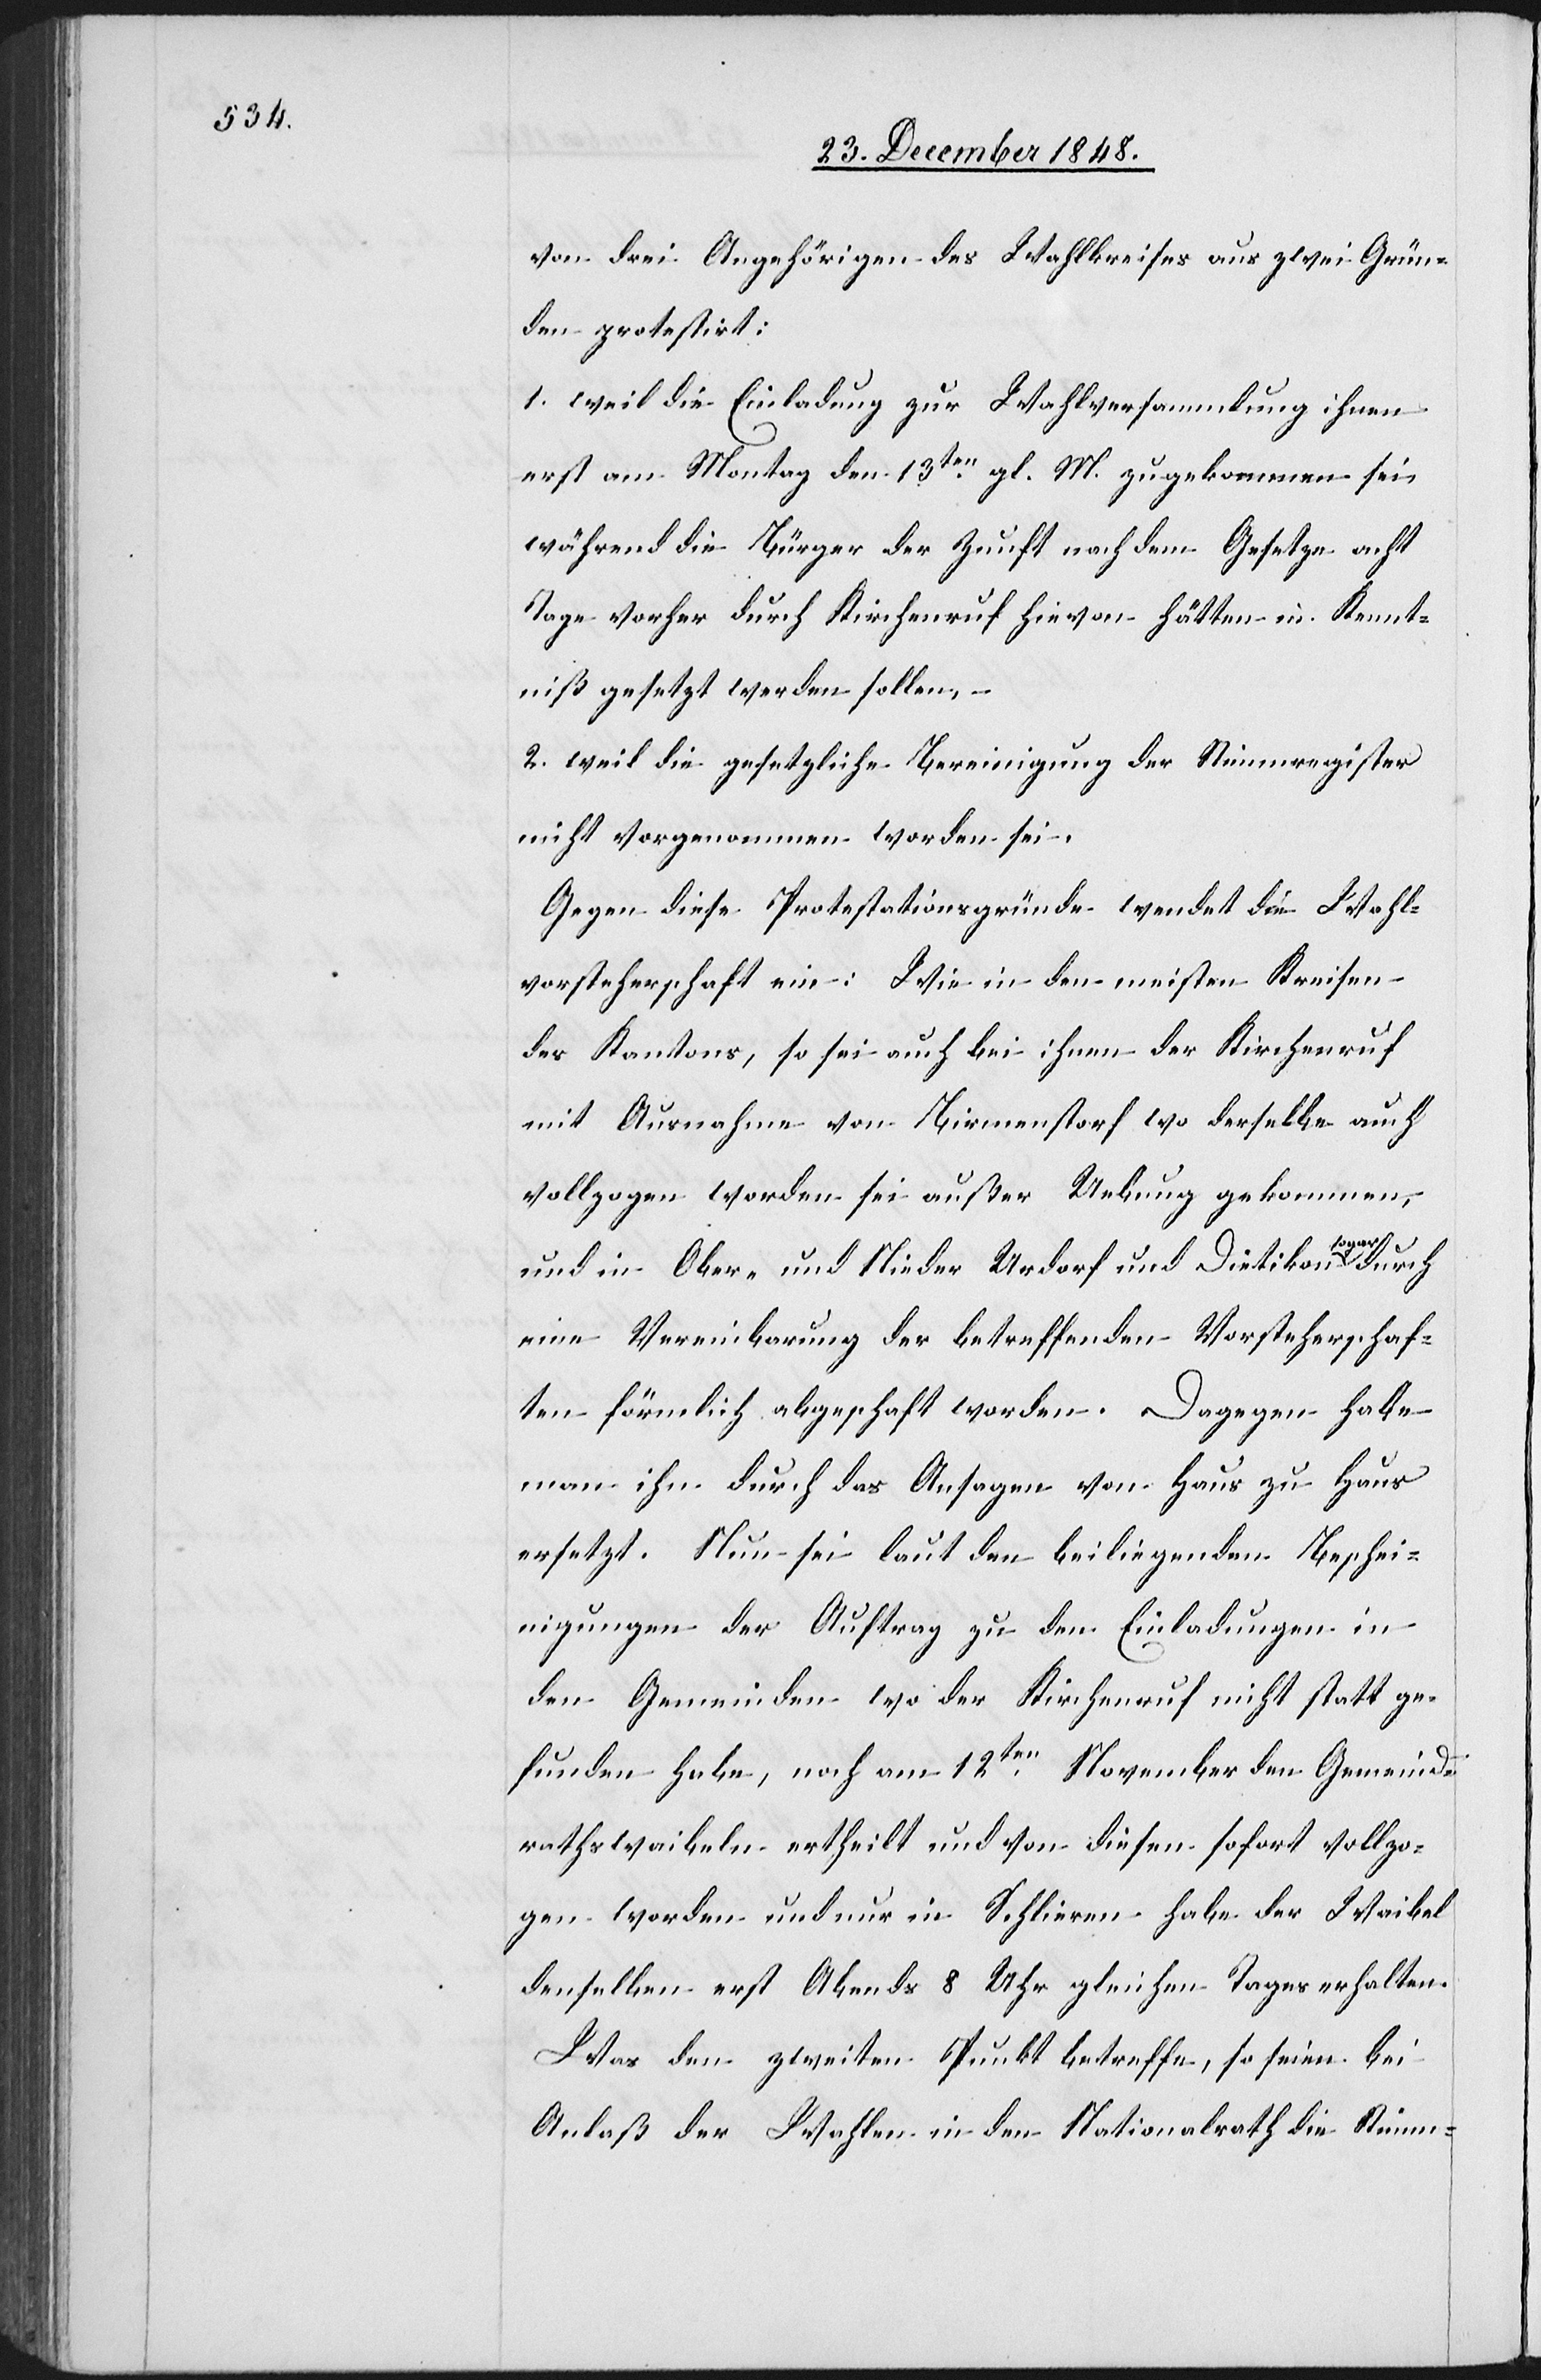
von drei Angehörigen des Wahlkreises aus zwei Grün¬
den protestirt:
1. weil die Einladung zur Wahlversammlung ihnen
erst am Montag den 13ten gl. M. zugekommen sei,
während die Bürger der Zunft nach dem Gesetze acht
Tage vorher durch Kirchenruf hievon hätten in Kennt¬
niß gesetzt werden sollen, –
2. weil die gesetzliche Bereinigung der Stimmregister
nicht vorgenommen worden sei.
Gegen diese Protestationsgründe wendet die Wahl¬
vorsteherschaft ein: Wie in den meisten Kreisen
des Kantons, so sei auch bei ihnen der Kirchenruf
mit Ausnahme von Birmenstorf wo derselbe auch
vollzogen worden sei außer Uebung gekommen,
und in Ober- und Nieder[-]Urdorf und Dietikon sogar
eine Vereinbarung der betreffenden Vorsteherschaf¬
ten förmlich abgeschaft worden. Dagegen habe
man ihn durch das Ansagen von Haus zu Haus
ersetzt. Nun sei laut den beiliegenden Beschei¬
nigungen der Auftrag zu den Einladungen in
den Gemeinden wo der Kirchenruf nicht statt ge¬
funden habe, noch am 12ten November den Gemeind¬
rathswaibeln ertheilt und von diesen sofort vollzo¬
gen worden und nur in Schlieren habe der Waibel
denselben erst Abends 8 Uhr gleichen Tages erhalten.
Was den zweiten Punkt betreffe, so seien bei
Anlaß der Wahlen in den Nationalrath die Stimm-